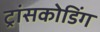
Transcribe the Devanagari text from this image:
ट्रांसकोडिंग